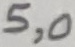
Text: 5,0